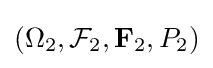
(\Omega _{2},{\mathcal {F}}_{2},\mathbf {F} _{2},P_{2})